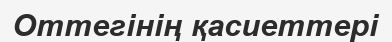
Оттегінің қасиеттері